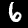
Label: 6